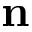
{ \bf n }